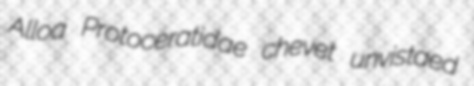
Alloa Protoceratidae chevet unvistaed